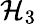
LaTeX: \mathcal{H}_{3}